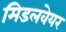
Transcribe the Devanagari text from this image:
मिडलवेयर